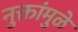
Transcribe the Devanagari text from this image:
नुक्तांमुळे